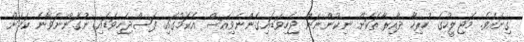
ގިނައެވެ. މަޖިލީހުގެ ހުރިހާ ދާއިރާތަކަށް ނިކުންނަން ޖެހިވަޑައިގެންނެވިއަސް އެކަމުގައި ފަސްޖެހިވަޑައި ނުގަންނަވާނެ ކަމަށް